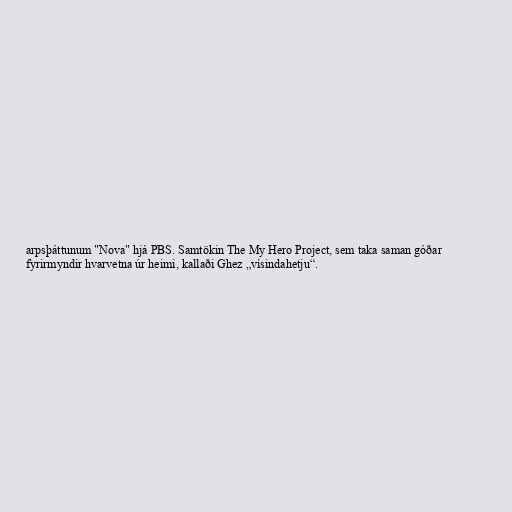
arpsþáttunum "Nova" hjá PBS. Samtökin The My Hero Project, sem taka saman góðar
fyrirmyndir hvarvetna úr heimi, kallaði Ghez „vísindahetju“.